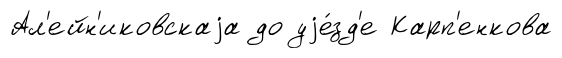
Ал'ейн'иковскаjа до уjе́зд'е Карп'енкова